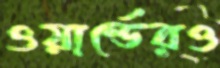
ওয়ার্ল্ডেরও